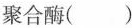
聚合酶()